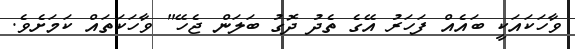
ވާހަކައަކީ ބައެއް ފަހަރު އޭގެ ތެދު ދޮގު ބަލަން ޖެހޭ" ވާހަކަތައް ކަމަށެވެ.